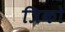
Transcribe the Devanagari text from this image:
त्रिको